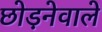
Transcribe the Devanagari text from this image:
छोड़नेवाले